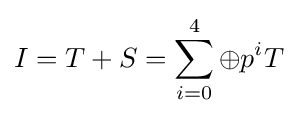
I=T+S=\sum _{i=0}^{4}\oplus p^{i}T